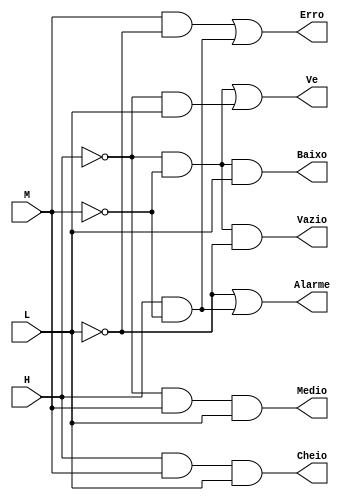
module sistemaNivel (input H,
	input M,
	input L,
	output Cheio,
	output Medio,
	output Baixo,
	output Vazio,
	output Erro,
	output Alarme,
	output Ve
);

//=================DEFINICOES===========
wire Hinv, Minv, Linv, VeA, VeB, Al, ErA, ErB;

not N1(Hinv, H);
not N2(Minv, M);
not N3(Linv, L);

// Vazio = ~H ~M ~L
and V1 (Vazio, Hinv, Minv, Linv);

// Baixo = ~H ~M L
and B1 (Baixo, Hinv, Minv, L);

// Medio = ~H M L
and M1 (Medio, Hinv, M, L);

// Cheio = H M L
and C1 (Cheio, H, M, L);

// Erro = M ~L + H ~M
and E2(ErA, M, Linv);
and E3(ErB, H, Minv);
or E4(Erro, ErA, ErB);

//Al = ~L + H ~M
and A1 (Al, H, Minv);
or A2(Alarme, Linv, Al);

//Valvula de entrada
//Ve = ~H ~M + ~H L
and Ve1(VeA, Hinv, Minv);
and Ve2(VeB, Hinv, L);
or Ve3(Ve, VeA, VeB);

endmodule